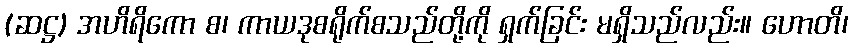
(ဆဋ္ဌ) အဟိရိကော စ၊ ကာယဒုစရိုက်စသည်တို့ကို ရှက်ခြင်း မရှိသည်လည်း။ ဟောတိ၊